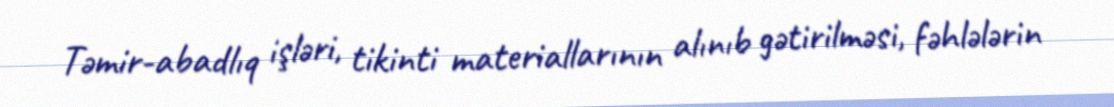
Təmir-abadlıq işləri, tikinti materiallarının alınıb gətirilməsi, fəhlələrin